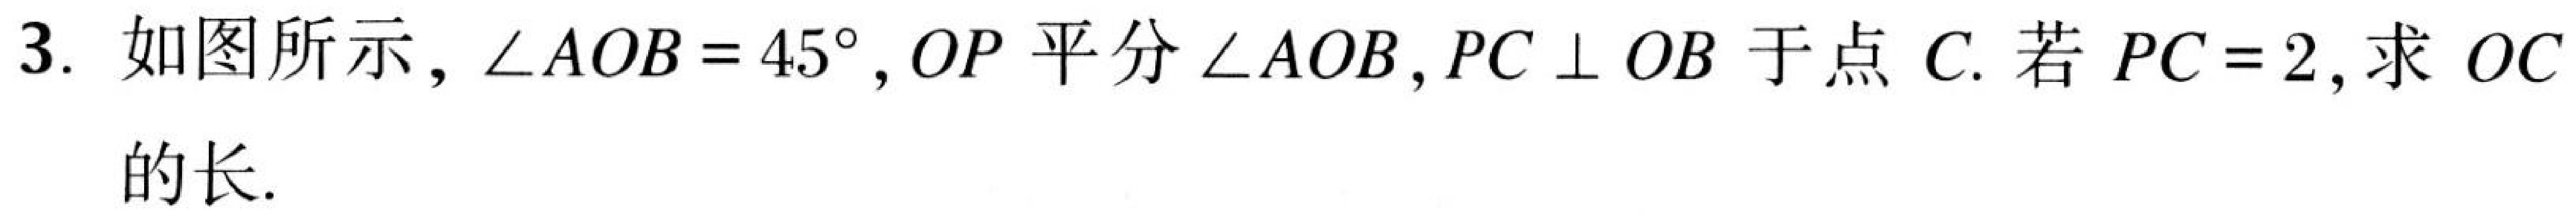
3. 如图所示，\(\angle AOB = 45^{\circ}\)，\(OP\)平分\(\angle AOB\)，\(PC\perp OB\)于点\(C\). 若\(PC = 2\)，求\(OC\)的长.